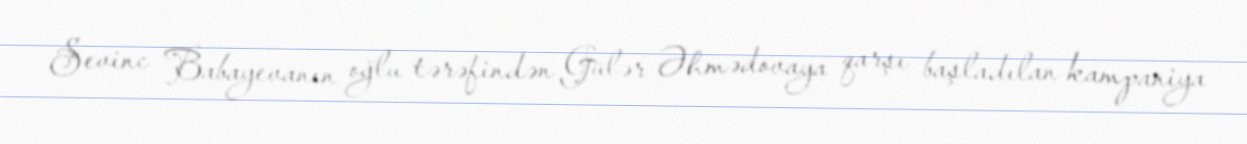
Sevinc Babayevanın oğlu tərəfindən Gülər Əhmədovaya qarşı başladılan kampaniya